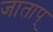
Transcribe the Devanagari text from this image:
जाताप्